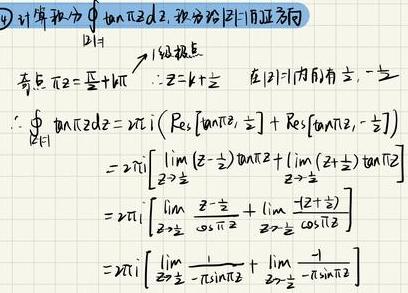
计算积分$\oint_{|z|=1}\tan(\piz)dz$，积分沿$|z|=1$正方向\\
奇点：$\piz=\frac{\pi}{2}+k\pi\Rightarrowz=k+\frac{1}{2}$，在$|z|=1$内有$\frac{1}{2},-\frac{1}{2}$\\
$\therefore\oint_{|z|=1}\tan(\piz)dz$&=2\pii\left(Res\left[\tan(\piz),\frac{1}{2}\right]+Res\left[\tan(\piz),-\frac{1}{2}\right]\right)\\
$&=2\pii\left[\lim_{z\rightarrow\frac{1}{2}}\left(z-\frac{1}{2}\right)\tan(\piz)+\lim_{z\rightarrow-\frac{1}{2}}\left(z+\frac{1}{2}\right)\tan(\piz)\right]$\\
$&=2\pii\left[\lim_{z\rightarrow\frac{1}{2}}\frac{z-\frac{1}{2}}{\cos(\piz)}+\lim_{z\rightarrow-\frac{1}{2}}\frac{z+\frac{1}{2}}{\cos(\piz)}\right]$\\
$&=2\pii\left[\lim_{z\rightarrow\frac{1}{2}}\frac{1}{-\pi\sin(\piz)}+\lim_{z\rightarrow-\frac{1}{2}}\frac{1}{-\pi\sin(\piz)}\right]$